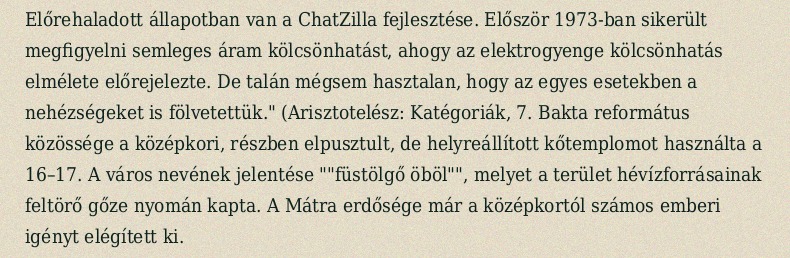
Előrehaladott állapotban van a ChatZilla fejlesztése. Először 1973-ban sikerült megfigyelni semleges áram kölcsönhatást, ahogy az elektrogyenge kölcsönhatás elmélete előrejelezte. De talán mégsem hasztalan, hogy az egyes esetekben a nehézségeket is fölvetettük." (Arisztotelész: Katégoriák, 7. Bakta református közössége a középkori, részben elpusztult, de helyreállított kőtemplomot használta a 16–17. A város nevének jelentése ""füstölgő öböl"", melyet a terület hévízforrásainak feltörő gőze nyomán kapta. A Mátra erdősége már a középkortól számos emberi igényt elégített ki.